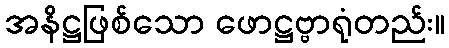
အနိဋ္ဌဖြစ်သော ဖောဋ္ဌဗ္ဗာရုံတည်း။